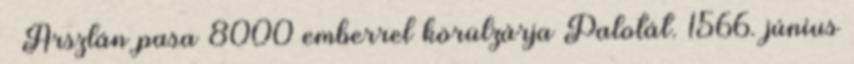
– Arszlán pasa 8000 emberrel körülzárja Palotát. 1566. június